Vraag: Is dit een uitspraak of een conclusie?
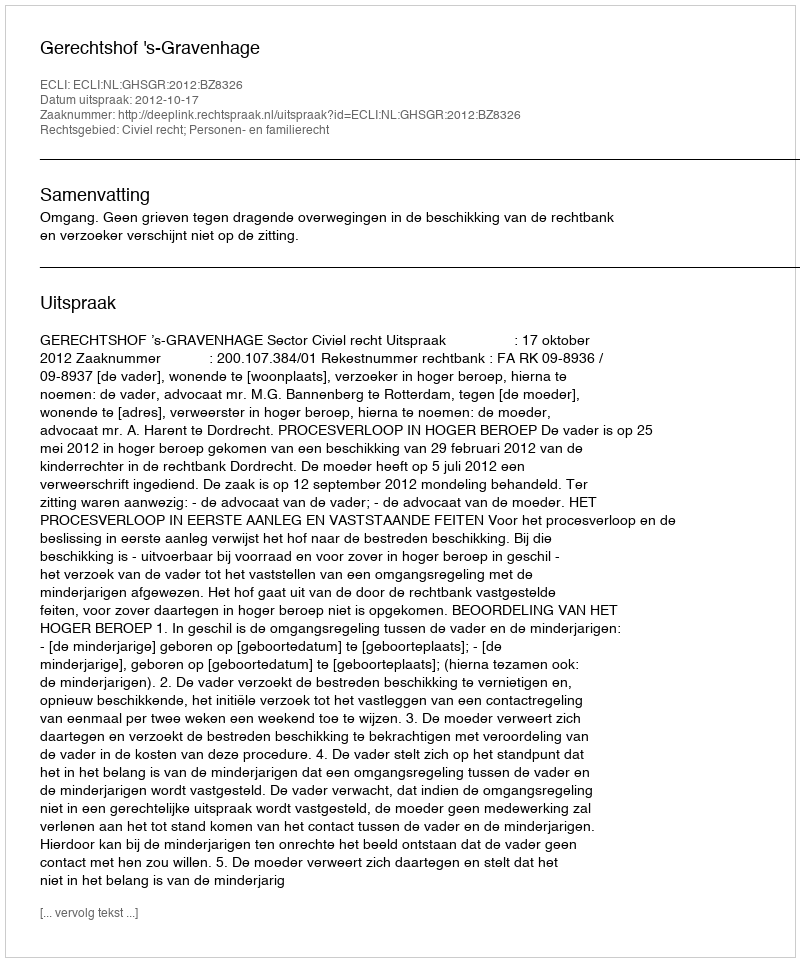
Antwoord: Uitspraak